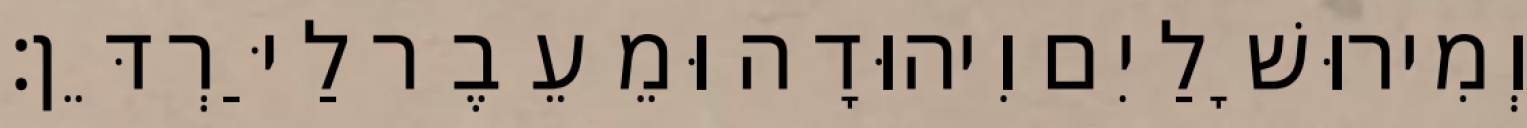
וְמִירוּשָׁלַיִם וִיהוּדָה וּמֵעֵבֶר לַיַּרְדֵּן׃